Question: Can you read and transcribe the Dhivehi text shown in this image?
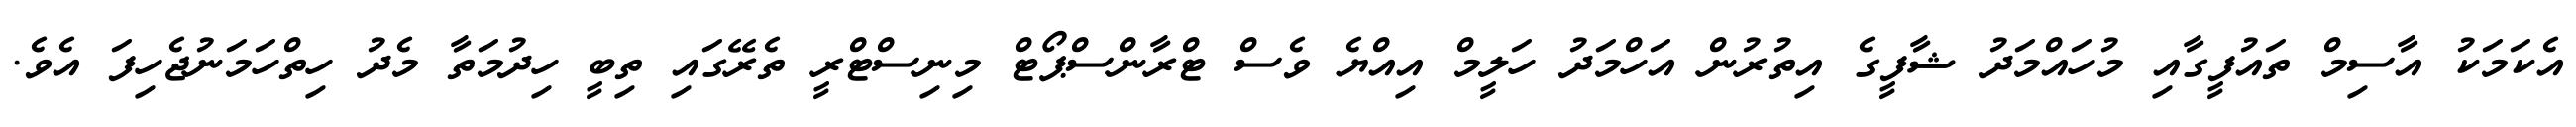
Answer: އެކަމަކު އާސިމް ތައުފީގާއި މުހައްމަދު ޝާފީގެ އިތުރުން އަހްމަދު ހަލީމް އިއްޔެ ވެސް ޓްރާންސްޕޯޓް މިނިސްޓްރީ ތެރޭގައި ތިބީ ހިދުމަތާ މެދު ހިތްހަމަނުޖެހިފަ އެވެ.